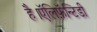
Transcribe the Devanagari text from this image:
है।ऍलिफ़ॅन्टिडी